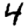
Digit: 4